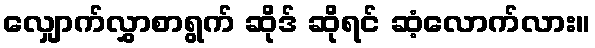
လျှောက်လွှာစာရွက် ဆိုဒ် ဆိုရင် ဆံ့လောက်လား။